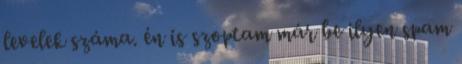
levelek száma. én is szoptam már be ilyen spam